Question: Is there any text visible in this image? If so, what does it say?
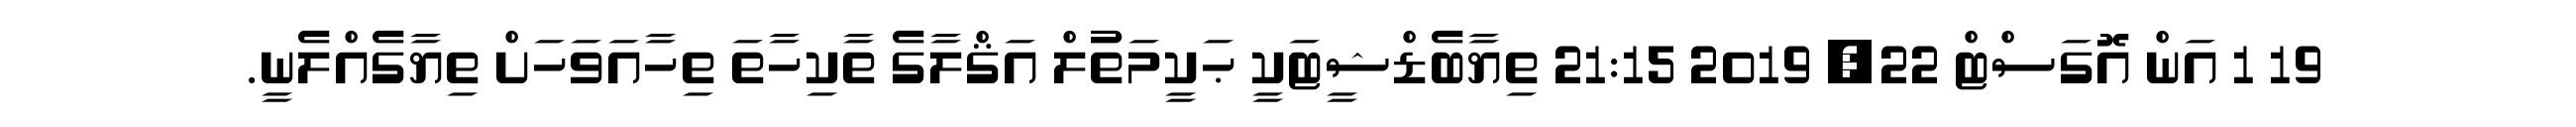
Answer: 19 1 އަން އޮގަސްޓް 22, 2019 21:15 ތިޔާބެޑްޝީޓަކީ ޙަކީމަތުލް އަޤްލާގެ ތާކިހާތަ ތިހާއަވަހަށް ތިޔާގެއްލެނީ.